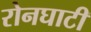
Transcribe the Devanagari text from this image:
रोनघाटी